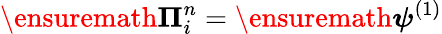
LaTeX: \ensuremath{\boldsymbol{\Pi}}_{i}^{n}=\ensuremath{\boldsymbol{\psi}}^{(1)}